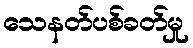
သေနတ်ပစ်ခတ်မှု